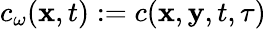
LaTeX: c_{\omega}(\mathbf x,t):=c(\textbf x,\textbf y,t,\tau)